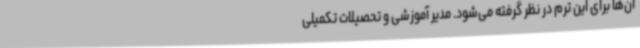
آن‌ها برای این ترم در نظر گرفته می‌شود. مدیر آموزشی و تحصیلات تکمیلی